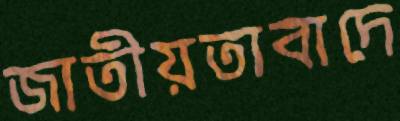
জাতীয়তাবাদে